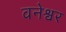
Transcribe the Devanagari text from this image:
वनेश्वर